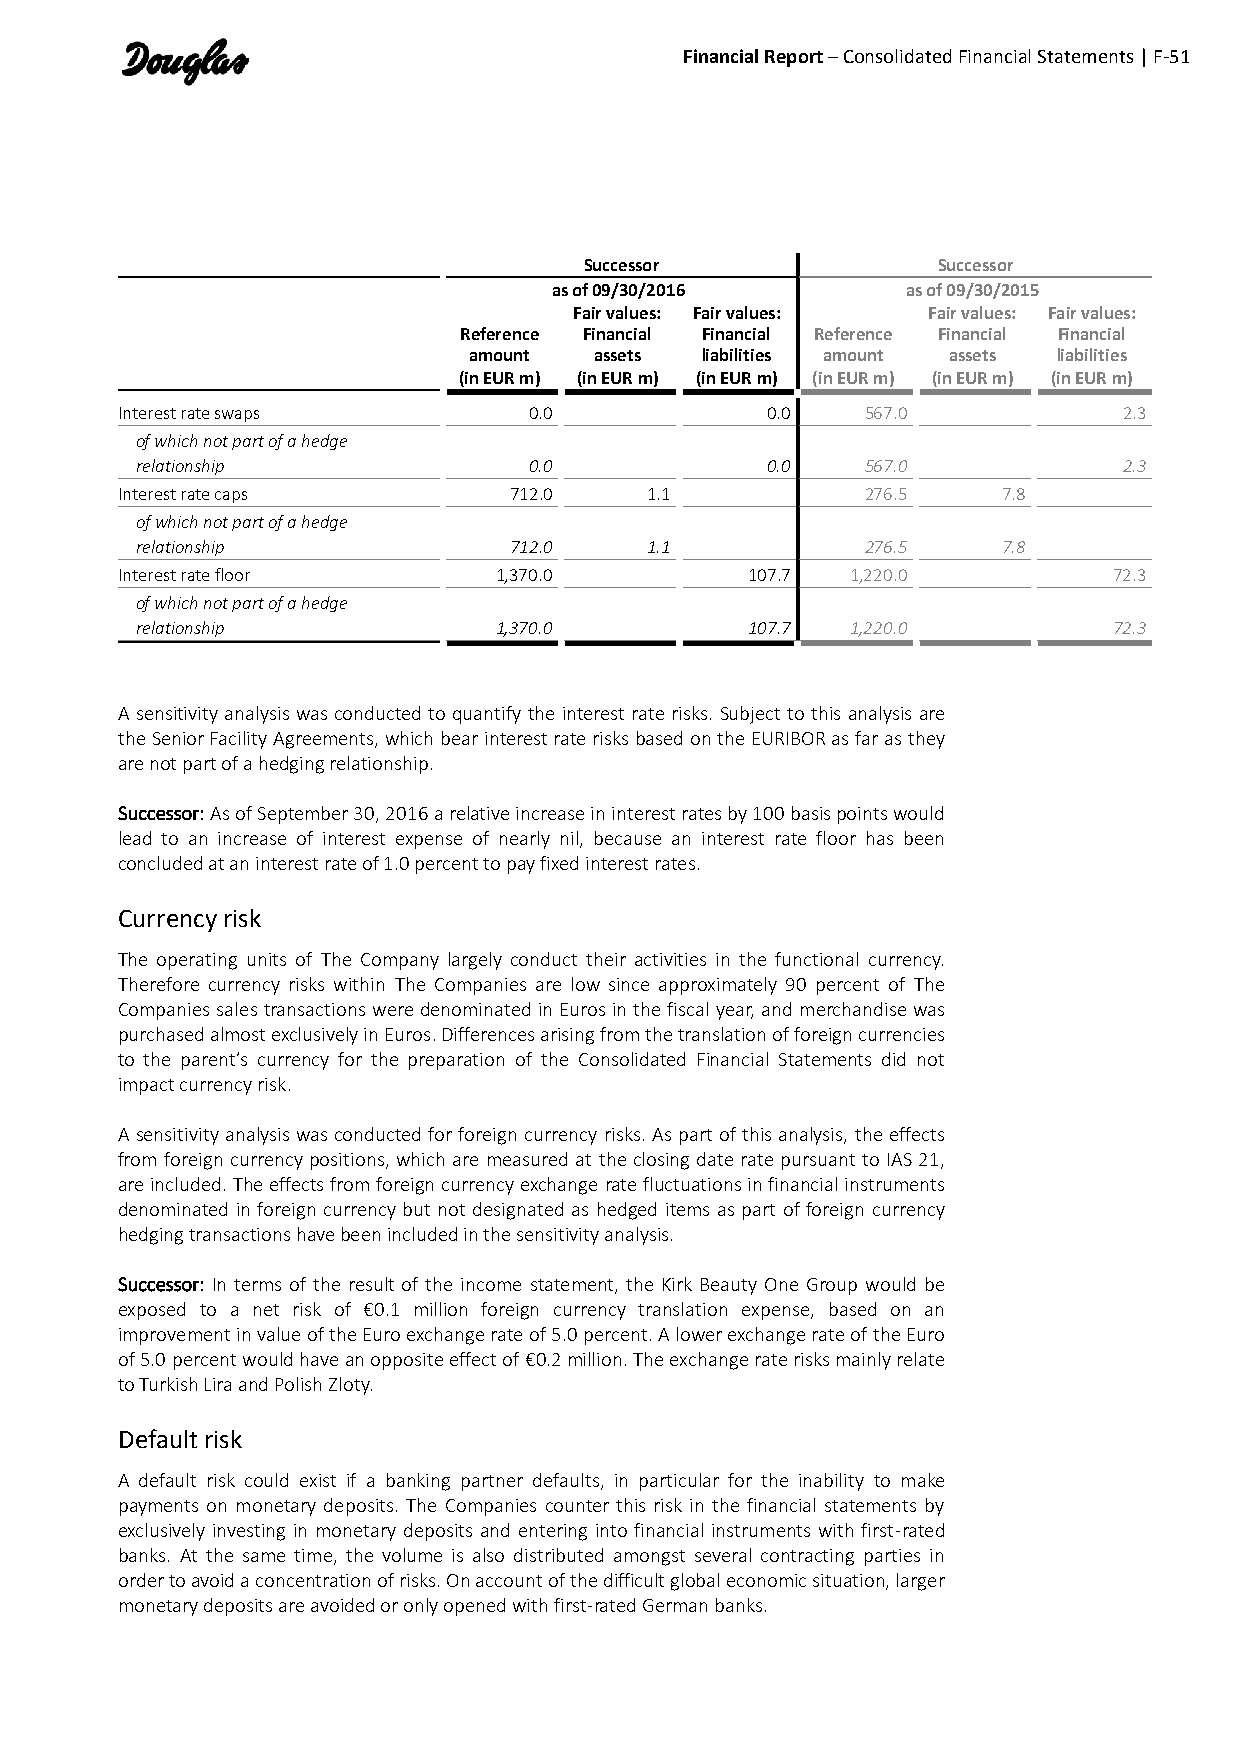
Financial Report – Consolidated Financial Statements | F-51
 Successor              Successor
 as of 09/30/2016       as of 09/30/2015
 Fair values: Fair values: Fair values: Fair values:
 Reference Financial Financial Reference Financial Financial
 amount  assets liabilities amount assets liabilities
 (in EUR m) (in EUR m) (in EUR m) (in EUR m) (in EUR m) (in EUR m)
 Interest rate swaps        0.0             0.0   567.0            2.3
 of which not part of a hedge
 relationship              0.0             0.0   567.0            2.3
 Interest rate caps        712.0    1.1           276.5    7.8
 of which not part of a hedge
 relationship             712.0    1.1           276.5    7.8
 Interest rate floor      1,370.0         107.7  1,220.0           72.3
 of which not part of a hedge
 relationship            1,370.0         107.7  1,220.0           72.3
 A sensitivity analysis was conducted to quantify the interest rate risks. Subject to this analysis are
 the Senior Facility Agreements, which bear interest rate risks based on the EURIBOR as far as they
 are not part of a hedging relationship.
 Successor: As of September 30, 2016 a relative increase in interest rates by 100 basis points would
 lead to an increase of interest expense of nearly nil, because an interest rate floor has been
 concluded at an interest rate of 1.0 percent to pay fixed interest rates.
 Currency risk
 The operating units of The Company largely conduct their activities in the functional currency.
 Therefore currency risks within The Companies are low since approximately 90 percent of The
 Companies sales transactions were denominated in Euros in the fiscal year, and merchandise was
 purchased almost exclusively in Euros. Differences arising from the translation of foreign currencies
 to the parent’s currency for the preparation of the Consolidated Financial Statements did not
 impact currency risk.
 A sensitivity analysis was conducted for foreign currency risks. As part of this analysis, the effects
 from foreign currency positions, which are measured at the closing date rate pursuant to IAS 21,
 are included. The effects from foreign currency exchange rate fluctuations in financial instruments
 denominated in foreign currency but not designated as hedged items as part of foreign currency
 hedging transactions have been included in the sensitivity analysis.
 Successor: In terms of the result of the income statement, the Kirk Beauty One Group would be
 exposed to a net risk of €0.1 million foreign currency translation expense, based on an
 improvement in value of the Euro exchange rate of 5.0 percent. A lower exchange rate of the Euro
 of 5.0 percent would have an opposite effect of €0.2 million. The exchange rate risks mainly relate
 to Turkish Lira and Polish Zloty.
 Default risk
 A default risk could exist if a banking partner defaults, in particular for the inability to make
 payments on monetary deposits. The Companies counter this risk in the financial statements by
 exclusively investing in monetary deposits and entering into financial instruments with first-rated
 banks. At the same time, the volume is also distributed amongst several contracting parties in
 order to avoid a concentration of risks. On account of the difficult global economic situation, larger
 monetary deposits are avoided or only opened with first-rated German banks.